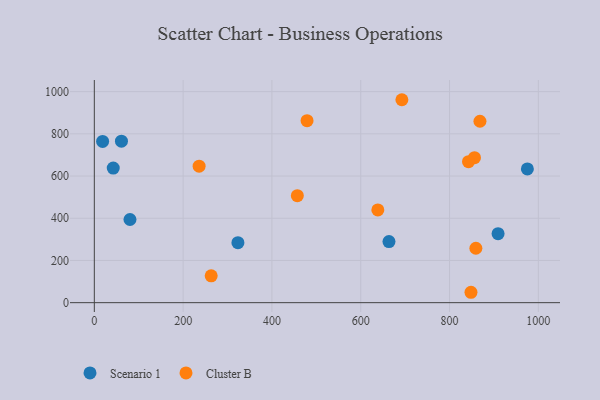
{"axis": {"x": "Experience", "y": "Demand"}, "legend": ["Cluster B", "Scenario 1"], "data": [{"x": "909.3", "y": 327.0, "type": "Scenario 1"}, {"x": "975.3", "y": 633.6, "type": "Scenario 1"}, {"x": "61.1", "y": 765.2, "type": "Scenario 1"}, {"x": "323.4", "y": 284.0, "type": "Scenario 1"}, {"x": "663.6", "y": 289.5, "type": "Scenario 1"}, {"x": "42.6", "y": 637.8, "type": "Scenario 1"}, {"x": "80.3", "y": 394.0, "type": "Scenario 1"}, {"x": "18.7", "y": 763.8, "type": "Scenario 1"}, {"x": "859.3", "y": 257.8, "type": "Cluster B"}, {"x": "479.1", "y": 862.1, "type": "Cluster B"}, {"x": "692.7", "y": 961.6, "type": "Cluster B"}, {"x": "868.5", "y": 859.5, "type": "Cluster B"}, {"x": "457.2", "y": 507.0, "type": "Cluster B"}, {"x": "263.2", "y": 127.1, "type": "Cluster B"}, {"x": "638.5", "y": 439.4, "type": "Cluster B"}, {"x": "856.2", "y": 686.8, "type": "Cluster B"}, {"x": "236.0", "y": 646.6, "type": "Cluster B"}, {"x": "842.7", "y": 668.0, "type": "Cluster B"}, {"x": "848.3", "y": 49.2, "type": "Cluster B"}]}